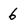
Character: 6